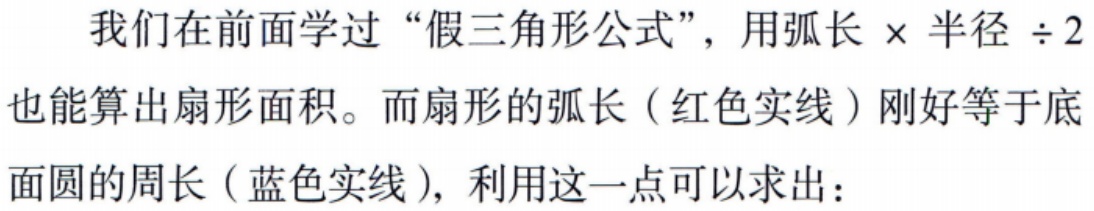
我们在前面学过“假三角形公式”，用弧长×半径÷2
也能算出扇形面积。而扇形的弧长（红色实线）刚好等于底
面圆的周长（蓝色实线），利用这一点可以求出：